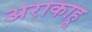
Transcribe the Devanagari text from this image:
अराकाहू